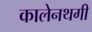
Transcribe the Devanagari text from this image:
कालेनथगी